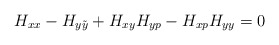
\begin{align*}H_{xx} - H_{y \tilde y} + H_{xy} H_{yp} - H_{xp} H_{yy} = 0\end{align*}